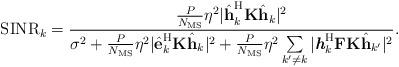
LaTeX: \begin{align*}\textrm{SINR}_k = \frac{\frac{P}{N_{\rm MS}} \eta ^2 |\hat{\textbf{h}}_k^{\rm H} \textbf{K} \hat{\textbf{h}}_k|^2}{\sigma ^2 + \frac{P}{N_{\rm MS}} \eta ^2 |\hat{\textbf{e}}_k^{\rm H} \textbf{K} \hat{\textbf{h}}_k|^2 + \frac{P}{N_{\rm MS}} \eta ^2 \sum \limits_{k' \neq k}|\textit{\textbf{h}}_k^{\rm H} \textbf{F} \textbf{K} \hat{\textbf{h}}_{k'}|^2}.\end{align*}